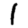
Digit: 1